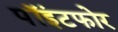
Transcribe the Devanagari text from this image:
पॉइंटफोर